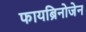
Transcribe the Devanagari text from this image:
फायब्रिनोजेन